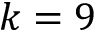
k = 9